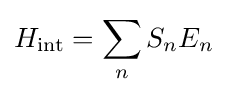
H_{\text{int}}=\sum _{n}S_{n}E_{n}